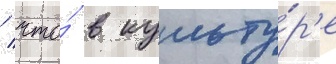
/ что́ в культу́р'е